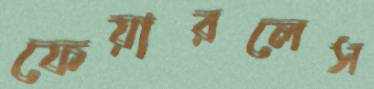
ফেয়ারলেস